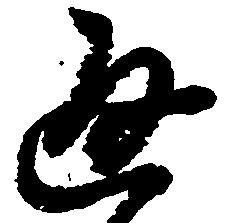
通